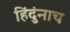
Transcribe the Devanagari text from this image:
हिंदुंनाच